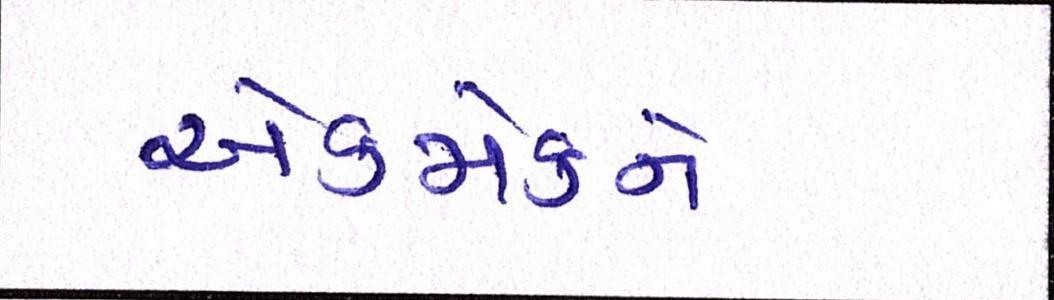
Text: એકમેકને